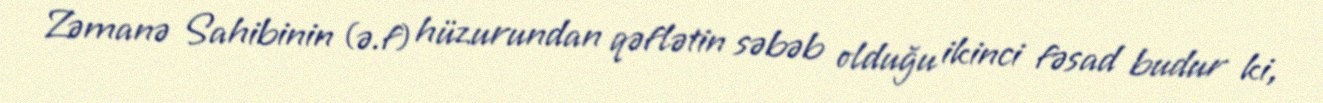
Zəmanə Sahibinin (ə.f) hüzurundan qəflətin səbəb olduğu ikinci fəsad budur ki,